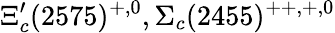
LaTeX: \Xi_{c}^{\prime}(2575)^{+,0},\Sigma_{c}(2455)^{++,+,0}